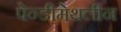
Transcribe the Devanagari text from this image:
पेन्‍डीमेथलीन